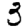
Digit: 3